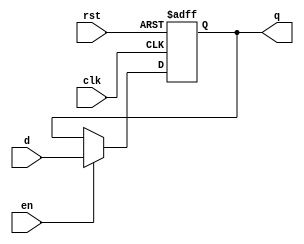
module Reg_5bit(clk, rst, d, en, q);
input clk;
input rst;
input [4:0] d;
input en;
output reg [4:0] q;
	
	always @(posedge clk or posedge rst) begin
		if (rst) q <= 5'b0;
		else if (en) q <= d;
	end

endmodule